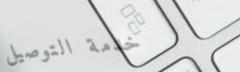
خدمة التوصيل